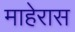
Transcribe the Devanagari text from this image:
माहेरास